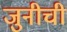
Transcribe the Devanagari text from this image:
जुनीची